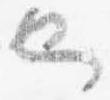
也